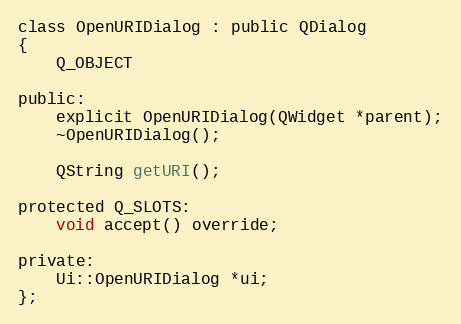
Language: C
class OpenURIDialog : public QDialog
{
    Q_OBJECT

public:
    explicit OpenURIDialog(QWidget *parent);
    ~OpenURIDialog();

    QString getURI();

protected Q_SLOTS:
    void accept() override;

private:
    Ui::OpenURIDialog *ui;
};